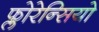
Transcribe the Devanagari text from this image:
फ्लोरेन्सियो